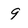
Character: 9